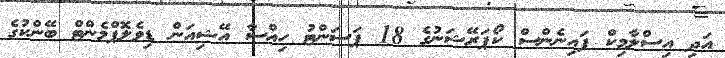
އަދި އިސްލާމިކް ފައިނެންސް ކޯޕަރޭޝަނުގެ 18 ޕަސަންޓު ހިއްސާ އޭޝިއަން ޑިވެލޮޕްމެންޓް ބޭންކުގެ